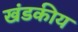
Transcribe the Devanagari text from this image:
खंडकीय